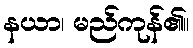
နယာ၊ မည်ကုန်၏။